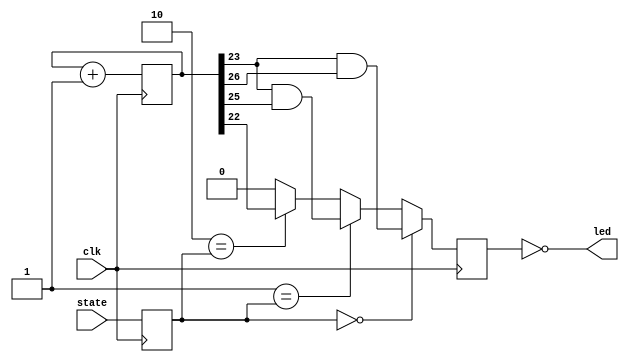
`timescale 1ns / 1ps
//////////////////////////////////////////////////////////////////////////////////
// Company: 
// Engineer: 
// 
// Design Name: 
// Module Name: led_blinker_id
// Project Name: 
// Target Devices: 
// Tool Versions: 
// Description: 
// 
// Dependencies: 
// 
// Revision:
// Revision 0.01 - File Created
// Additional Comments:
// 
//////////////////////////////////////////////////////////////////////////////////
						    

module led_blinker_id(
    input clk,
    input [1:0] state,
	output led
    );
    
    parameter DIVIDER = 26;

	reg [DIVIDER:0] counter;
	reg led_w;
	reg [1:0] state_r;

	assign led = ~led_w;
	`define FAST_BIT counter[DIVIDER-4:DIVIDER-4]     // full speed
	`define HALF_BIT counter[DIVIDER-3:DIVIDER-3]     // 1/2 speed
	`define EIGTH_BIT counter[DIVIDER-1:DIVIDER-1] 	  // 1/8 speed
	`define SXTNTH_BIT counter[DIVIDER:DIVIDER] 	  // 1/16 speed

	always @(posedge clk)
	begin
		counter <= counter + 1;
		state_r <= state;
		
		if (0 == state_r)
		   led_w <= `HALF_BIT & `SXTNTH_BIT; 	    // 4 on, 4 off
		else if (1 == state_r)
		   led_w <= `HALF_BIT & `EIGTH_BIT; 	    // 2 on, 2 off
		else if (2 == state_r)
		   led_w <= `FAST_BIT; 	      		        // Alert: fastest blink
		else
			led_w <= 0;
	end

endmodule